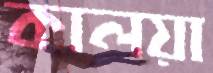
কালয়া